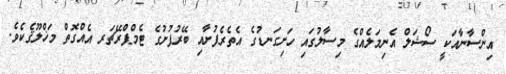
އިންސާނާއަކީ ސޯޝަލް އެނިމަލެއްގެ މިސާލުގައި ހަށިގަނޑުގެ އެތެރެފުށާއި ބޭރުފުށުގެ ޓެމްޕްރޭޗަރ އެއްގޮތް މަޚްލޫޤެކެވެ.